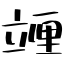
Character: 竰